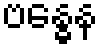
ဗန္ဓေန